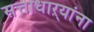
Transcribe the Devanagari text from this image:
सत्ताधाऱ्यांना